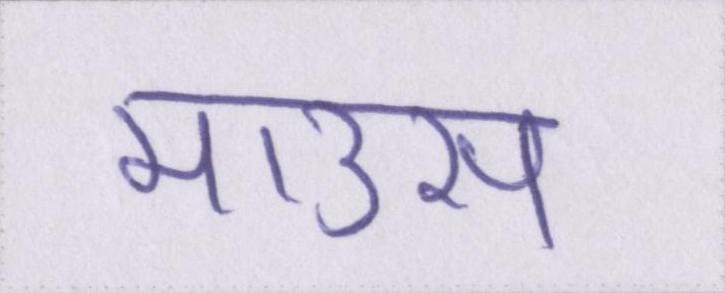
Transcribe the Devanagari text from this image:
माउस